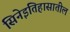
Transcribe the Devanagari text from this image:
सिनेइतिहासातील